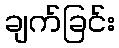
ချက်ခြင်း